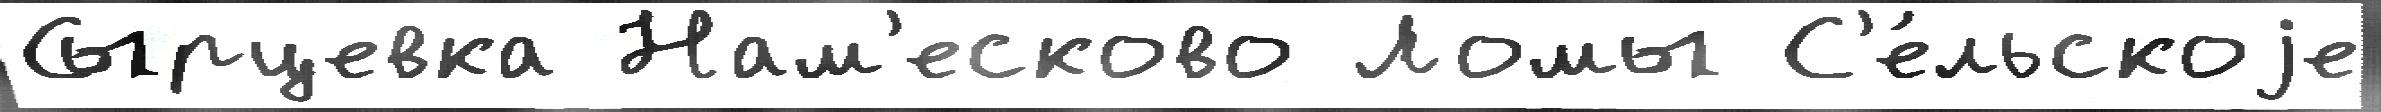
Сырцевка Нам'есково Ломы С'е́льскоjе